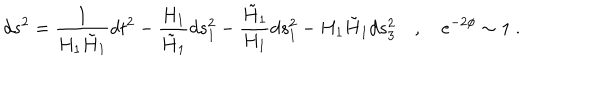
d s ^ { 2 } = \frac { 1 } { H _ { 1 } \tilde { H } _ { 1 } } d t ^ { 2 } - \frac { H _ { 1 } } { \tilde { H } _ { 1 } } d s _ { 1 } ^ { 2 } - \frac { \tilde { H } _ { 1 } } { H _ { 1 } } d s _ { 1 } ^ { 2 } - H _ { 1 } \tilde { H } _ { 1 } d s _ { 3 } ^ { 2 } \quad , \quad e ^ { - 2 \phi } \sim 1 \ .